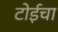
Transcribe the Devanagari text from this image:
टोईचा